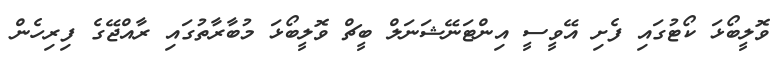
ވޮލީބޯޅަ ކޯޓުގައި ފެށި އޭވީސީ އިންޓަނޭޝަނަލް ބީޗް ވޮލީބޯޅަ މުބާރާތުގައި ރާއްޖޭގެ ފިރިހެން